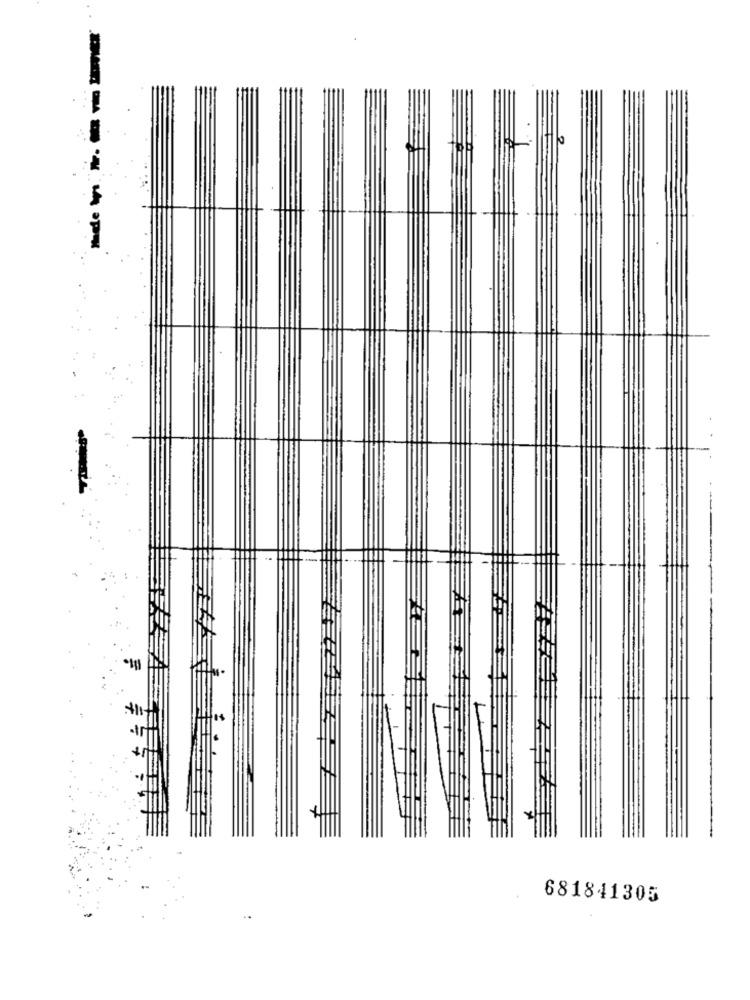
681841305